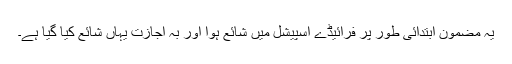
یہ مضمون ابتدائی طور پر فرائیڈے اسپیشل میں شائع ہوا اور بہ اجازت یہاں شائع کیا گیا ہے۔